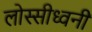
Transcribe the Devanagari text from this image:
लोस्सीध्वनी